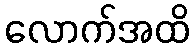
လောက်အထိ